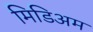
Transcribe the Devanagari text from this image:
मिडिअम